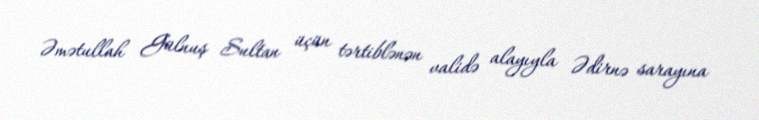
Əmətullah Gülnuş Sultan üçün tərtiblənən validə alayıyla Ədirnə sarayına